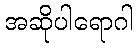
အဆိုပါရောဂါ